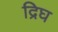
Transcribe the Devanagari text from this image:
द्रिघ